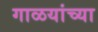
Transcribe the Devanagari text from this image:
गाळयांच्या